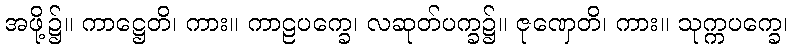
အဖို့၌။ ကာဋ္ဌေတိ၊ ကား။ ကာဠပက္ခေ၊ လဆုတ်ပက္ခ၌။ ဇုဏှေတိ၊ ကား။ သုက္ကပက္ခေ၊